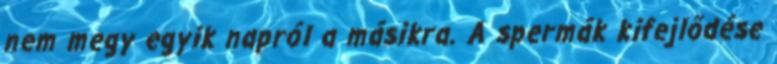
nem megy egyik napról a másikra. A spermák kifejlődése